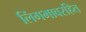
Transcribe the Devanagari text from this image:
लिंगभावरहित